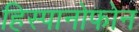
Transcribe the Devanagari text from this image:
हिस्पानोफोन